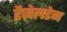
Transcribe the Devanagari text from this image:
हैज़ेलडेन